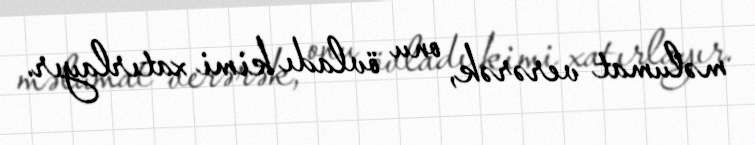
məlumat verərək, onu övladı kimi xatırlayır.